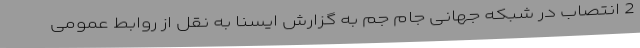
2 انتصاب در شبکه جهانی جام جم به گزارش ایسنا به نقل از روابط عمومی